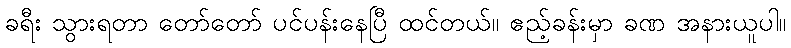
ခရီး သွားရတာ တော်တော် ပင်ပန်းနေပြီ ထင်တယ်။ ဧည့်ခန်းမှာ ခဏ အနားယူပါ။